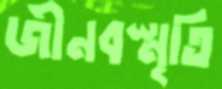
জীনবস্মৃতি